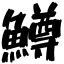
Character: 鱒